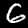
Digit: 6